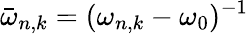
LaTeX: \bar{\omega}_{n,k}=(\omega_{n,k}-\omega_{0})^{-1}